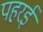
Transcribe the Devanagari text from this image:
पहरई